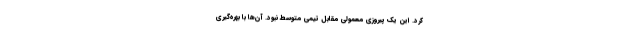
کرد. این یک پیروزی معمولی مقابل تیمی متوسط نبود. آن‌ها با بهره‌گیری